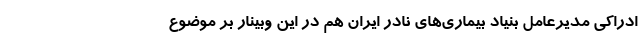
ادراکی مدیرعامل بنیاد بیماری‌های نادر ایران هم در این وبینار بر موضوع